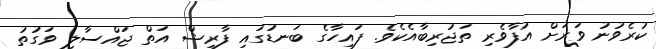
ކުރެވުނު ވަރަށް އުފާވެރި ތަޖުރިބާއެކެވެ. ފައިހާގެ ބަނޑުގައި ފާރިޝް އަތް ޖައްސާލި ވަގުތު